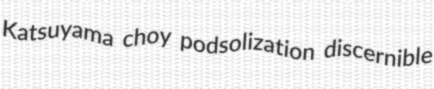
Katsuyama choy podsolization discernible